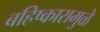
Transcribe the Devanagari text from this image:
बहिष्कारामुळे